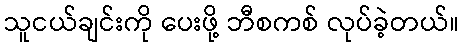
သူငယ်ချင်းကို ပေးဖို့ ဘီစကစ် လုပ်ခဲ့တယ်။